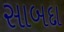
સાબદા